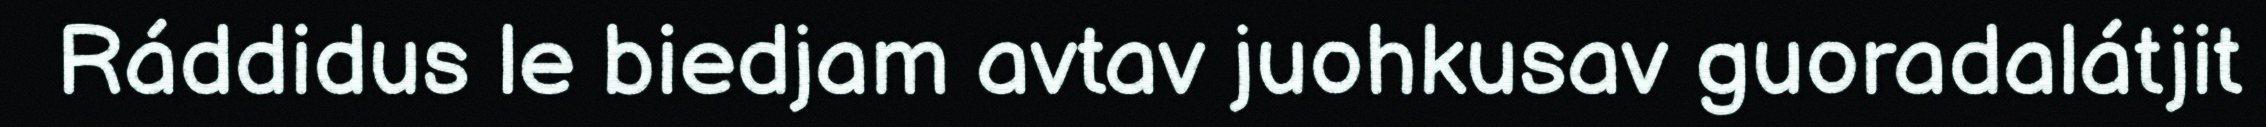
Ráddidus le biedjam avtav juohkusav guoradalátjit